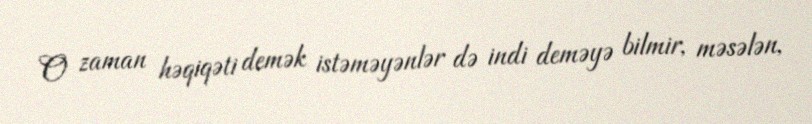
O zaman həqiqəti demək istəməyənlər də indi deməyə bilmir, məsələn,